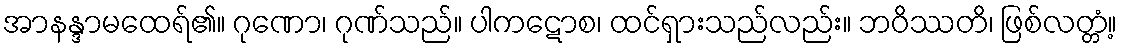
အာနန္ဒာမထေရ်၏။ ဂုဏော၊ ဂုဏ်သည်။ ပါကဋောစ၊ ထင်ရှားသည်လည်း။ ဘဝိဿတိ၊ ဖြစ်လတ္တံ့။